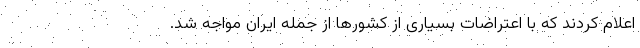
اعلام کردند که با اعتراضات بسیاری از کشورها از جمله ایران مواجه شد.